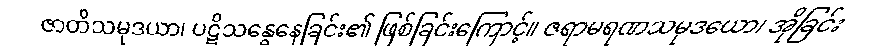
ဇာတိသမုဒယာ၊ ပဋိသန္ဓေနေခြင်း၏ ဖြစ်ခြင်းကြောင့်။ ဇရာမရဏသမုဒယော၊ အိုခြင်း